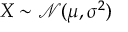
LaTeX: X \sim { \mathcal { N } } ( \mu , \sigma ^ { 2 } )